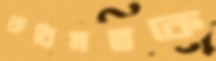
করিমভকে